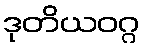
ဒုတိယဝဂ္ဂ